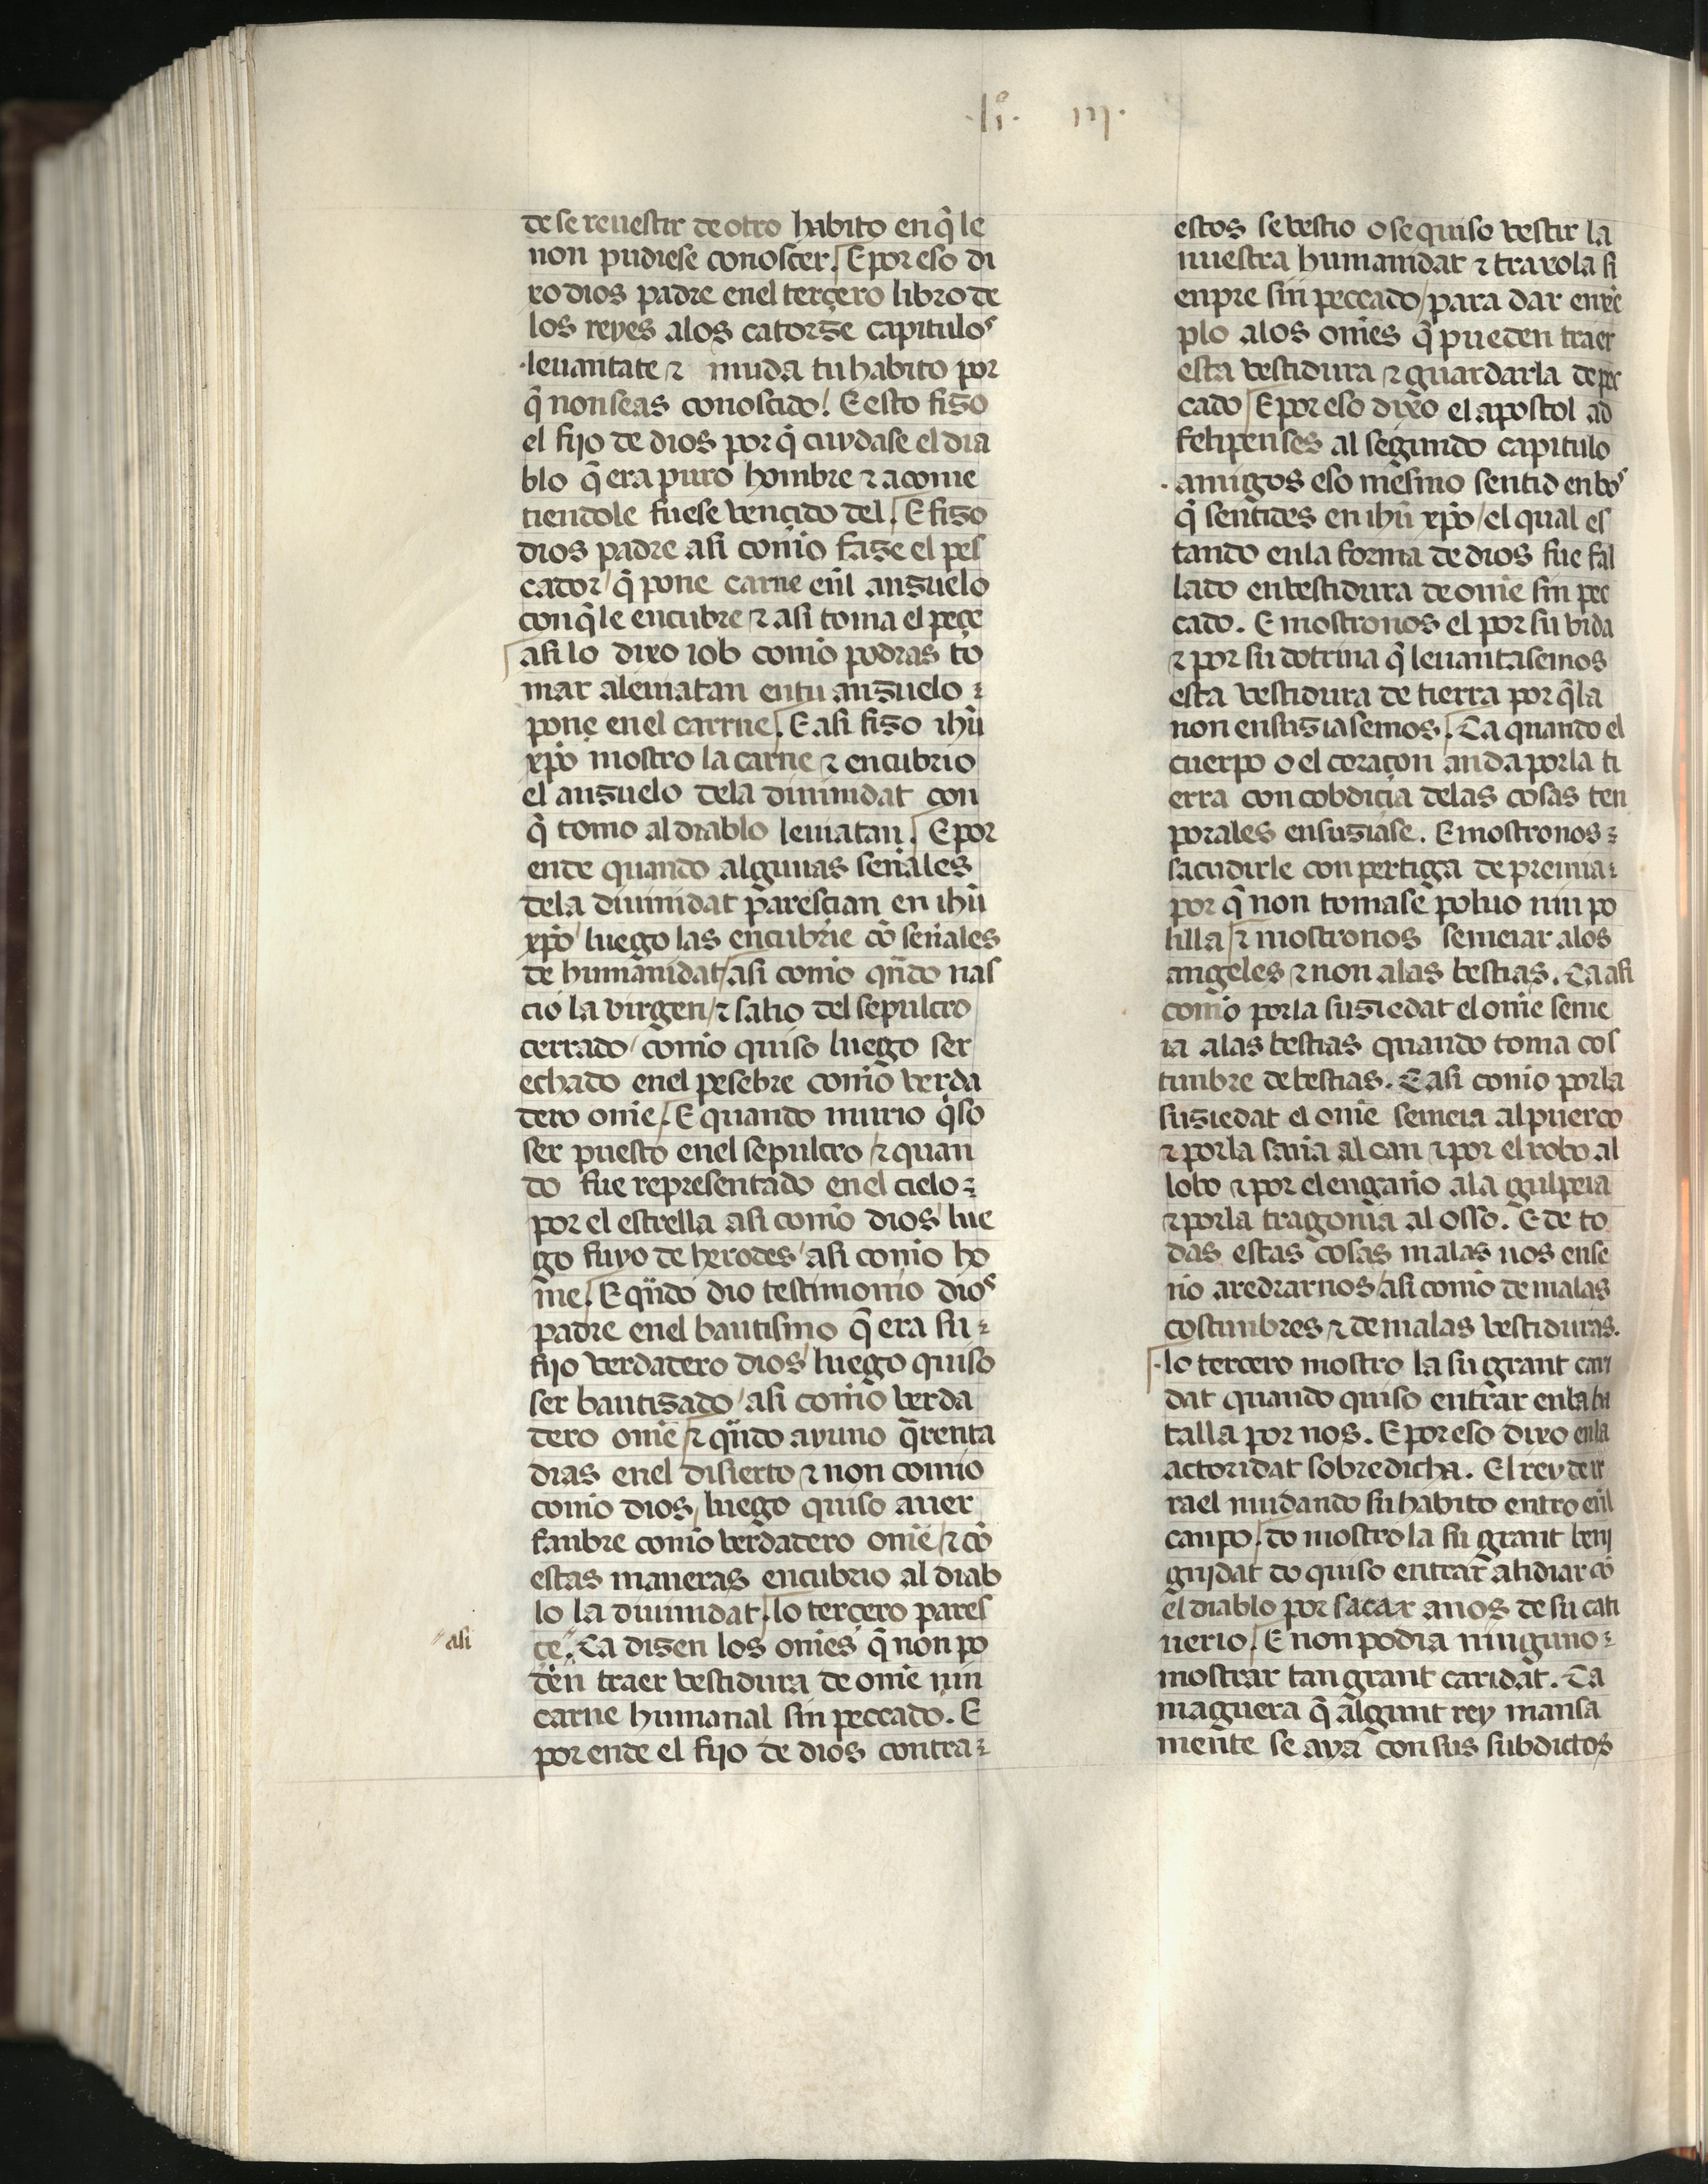
Shelfmark: Madrid, Fundación Lázaro Galdiano, mss 289
Century: 15